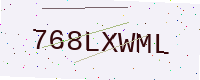
Text: 768LXWML